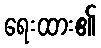
ရေးထား၏